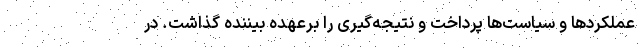
عملکردها و سیاست‌ها پرداخت و نتیجه‌گیری را برعهده بیننده گذاشت. در